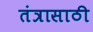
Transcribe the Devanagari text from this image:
तंत्रासाठी